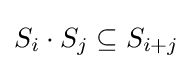
S_{i}\cdot S_{j}\subseteq S_{i+j}